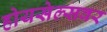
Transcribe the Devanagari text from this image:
होयसेल्सवर